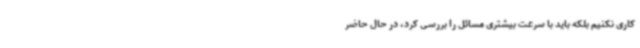
کاری نکنیم بلکه باید با سرعت بیشتری مسائل را بررسی کرد، در حال حاضر